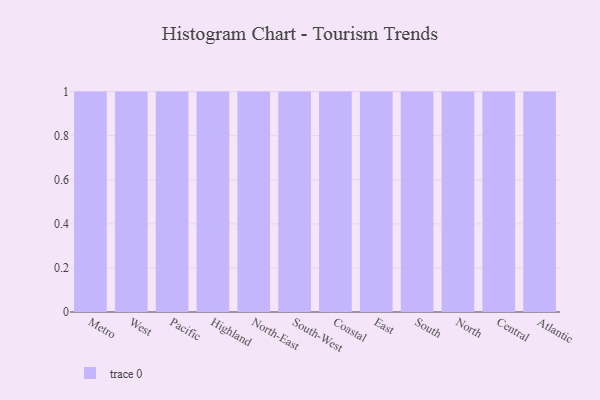
{"axis": {"x": "Region", "y": "Conversion Rate (%)"}, "legend": [""], "data": [{"x": "Metro", "y": 85, "type": ""}, {"x": "West", "y": 64, "type": ""}, {"x": "Pacific", "y": 100, "type": ""}, {"x": "Highland", "y": 38, "type": ""}, {"x": "North-East", "y": 37, "type": ""}, {"x": "South-West", "y": 70, "type": ""}, {"x": "Coastal", "y": 36, "type": ""}, {"x": "East", "y": 10, "type": ""}, {"x": "South", "y": 44, "type": ""}, {"x": "North", "y": 96, "type": ""}, {"x": "Central", "y": 99, "type": ""}, {"x": "Atlantic", "y": 13, "type": ""}]}